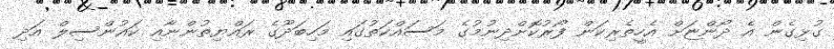
ގުޅިގެން އެ ދޯންޏަށް އެހީތެރިކަން ފޯރުކޮށްދިނުމުގެ މަސައްކަތުގައި މަހިބަދޫގެ ރައްޔިތުންނާއި ކައުންސިލް އަދި